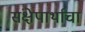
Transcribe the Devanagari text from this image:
संक्षेपार्थाचा